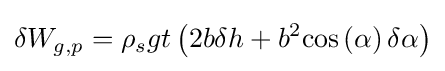
\delta W_{g,p}=\rho _{s}gt\left(2b\delta h+b^{2}{\text{cos}}\left(\alpha \right)\delta \alpha \right)